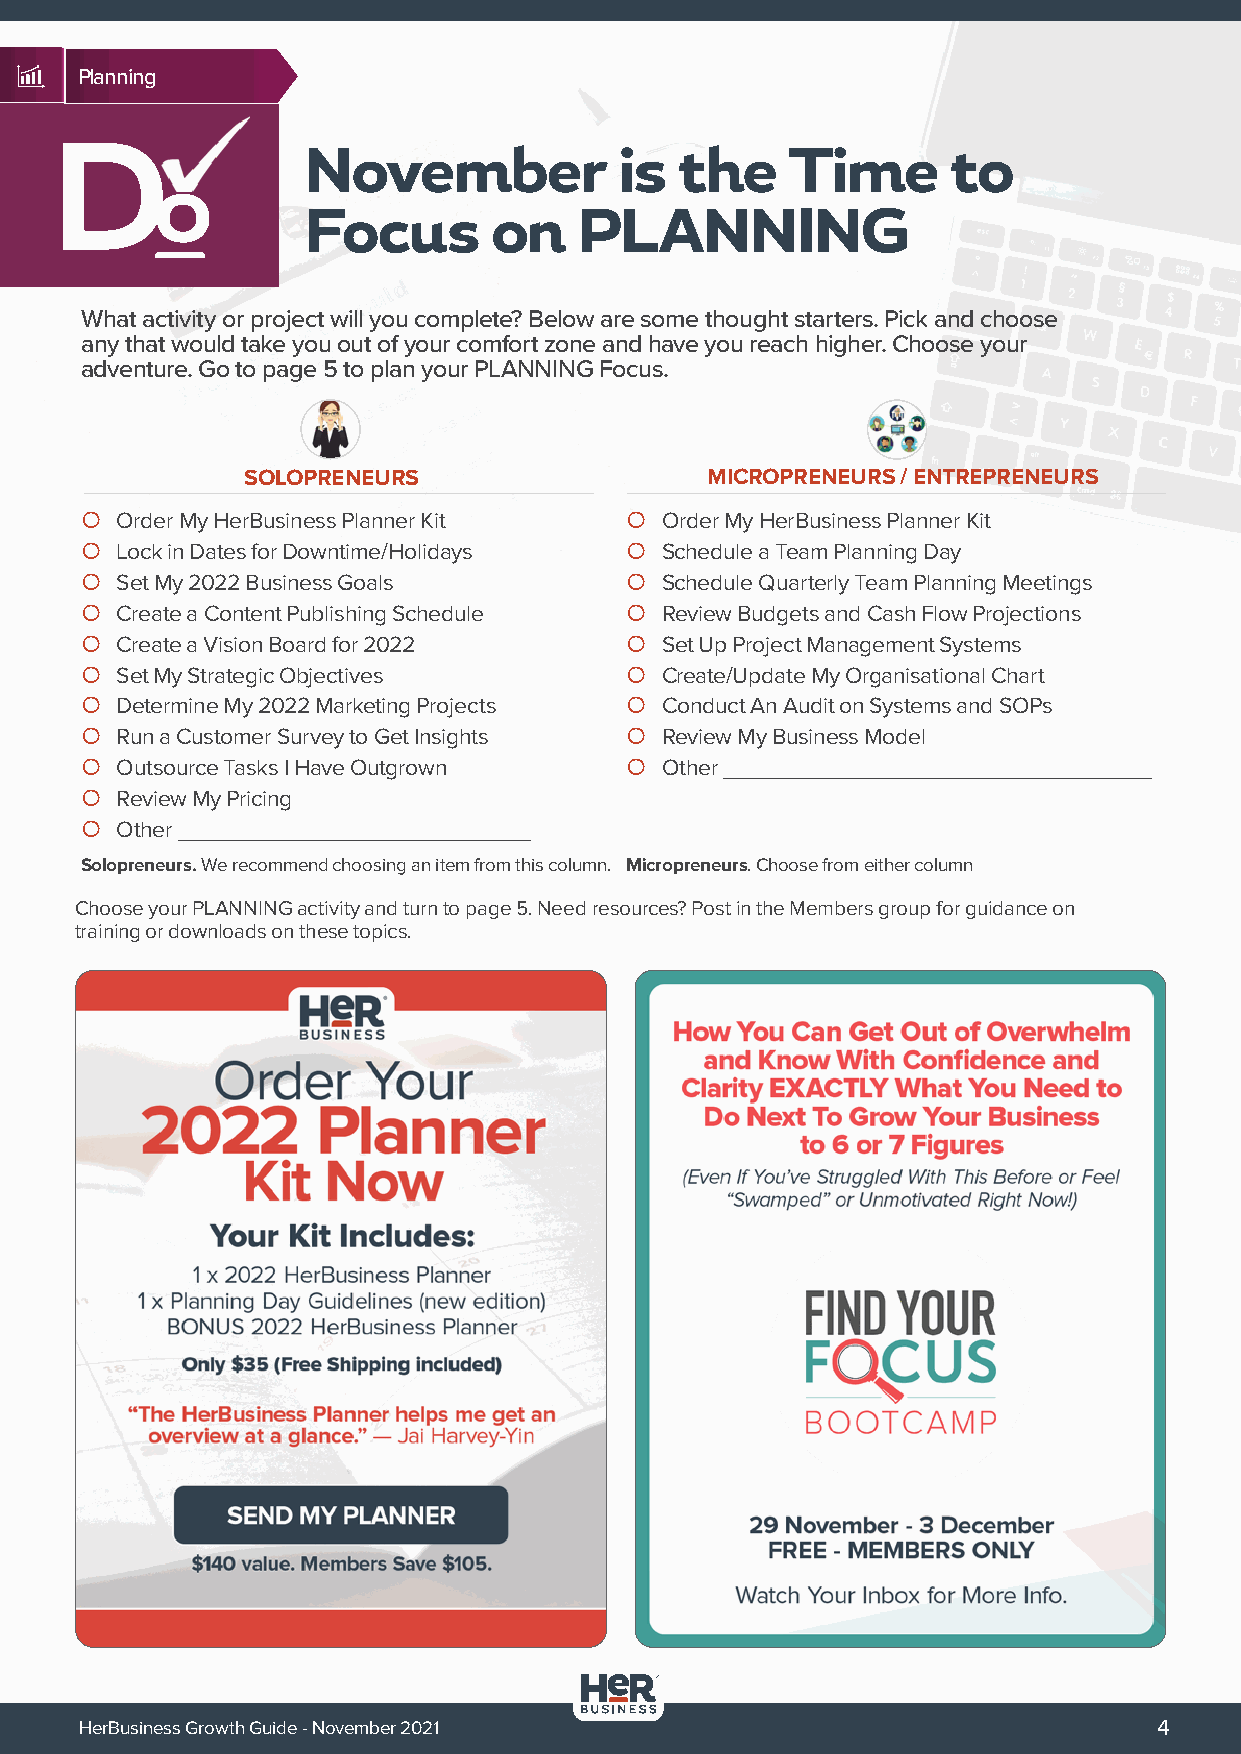
Planning
 D                November             is  the    Time       to
 o
 Focus       on    PLANNING
 What activity or project will you complete? Below are some thought starters. Pick and choose
 any that would take you out of your comfort zone and have you reach higher. Choose your
 adventure. Go to page 5 to plan your PLANNING Focus.
 SOLOPRENEURS                   MICROPRENEURS / ENTREPRENEURS
 {  Order My HerBusiness Planner Kit {  Order My HerBusiness Planner Kit
 {  Lock in Dates for Downtime/Holidays { Schedule a Team Planning Day
 {  Set My 2022 Business Goals       {  Schedule Quarterly Team Planning Meetings
 {  Create a Content Publishing Schedule { Review Budgets and Cash Flow Projections
 {  Create a Vision Board for 2022   {  Set Up Project Management Systems
 {  Set My Strategic Objectives      {  Create/Update My Organisational Chart
 {  Determine My 2022 Marketing Projects { Conduct An Audit on Systems and SOPs
 {  Run a Customer Survey to Get Insights { Review My Business Model
 {  Outsource Tasks I Have Outgrown  {  Other
 {  Review My Pricing
 {  Other
 Solopreneurs. We recommend choosing an item from this column. Micropreneurs. Choose from either column
 Choose your PLANNING activity and turn to page 5. Need resources? Post in the Members group for guidance on
 training or downloads on these topics.
 HerBusiness Growth Guide - November 2021                                4